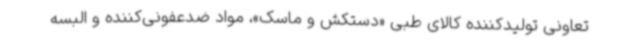
تعاونی تولیدکننده کالای طبی «دستکش و ماسک»، مواد ضدعفونی‌کننده و البسه